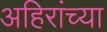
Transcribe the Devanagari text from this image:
अहिरांच्या